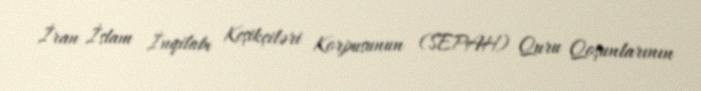
İran İslam İnqilabı Keşikçiləri Korpusunun (SEPAH) Quru Qoşunlarının